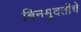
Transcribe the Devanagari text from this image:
बिनमुदतीचे